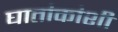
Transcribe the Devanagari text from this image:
घातांकांशी